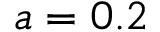
a = 0 . 2